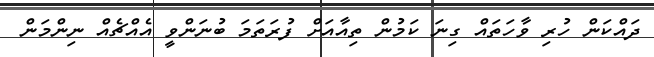
ދައްކަން ހުރި ވާހަތައް ގިނަ ކަމުން ތިއާއަށް ފުރަތަމަ ބުނަންވީ އެއްޗެއް ނިންމަން